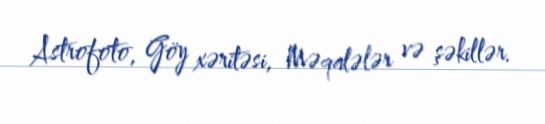
Astrofoto, Göy xəritəsi, Məqalələr və şəkillər.